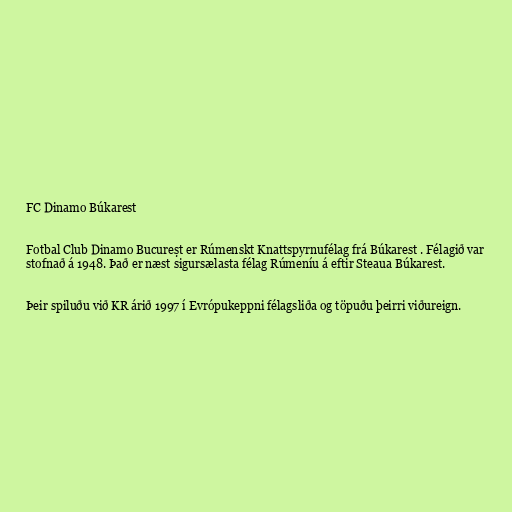
FC Dinamo Búkarest

Fotbal Club Dinamo Bucureșt er Rúmenskt Knattspyrnufélag frá Búkarest . Félagið var
stofnað á 1948. Það er næst sigursælasta félag Rúmeníu á eftir Steaua Búkarest.

Þeir spiluðu við KR árið 1997 í Evrópukeppni félagsliða og töpuðu þeirri viðureign.